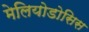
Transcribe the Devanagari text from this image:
मेलियोडोसिस